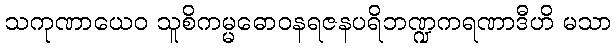
သကုဏာယေဝ သူစိကမ္မဓောဝနရဇနပရိဘဏ္ဍကရဏာဒီဟိ မသာ